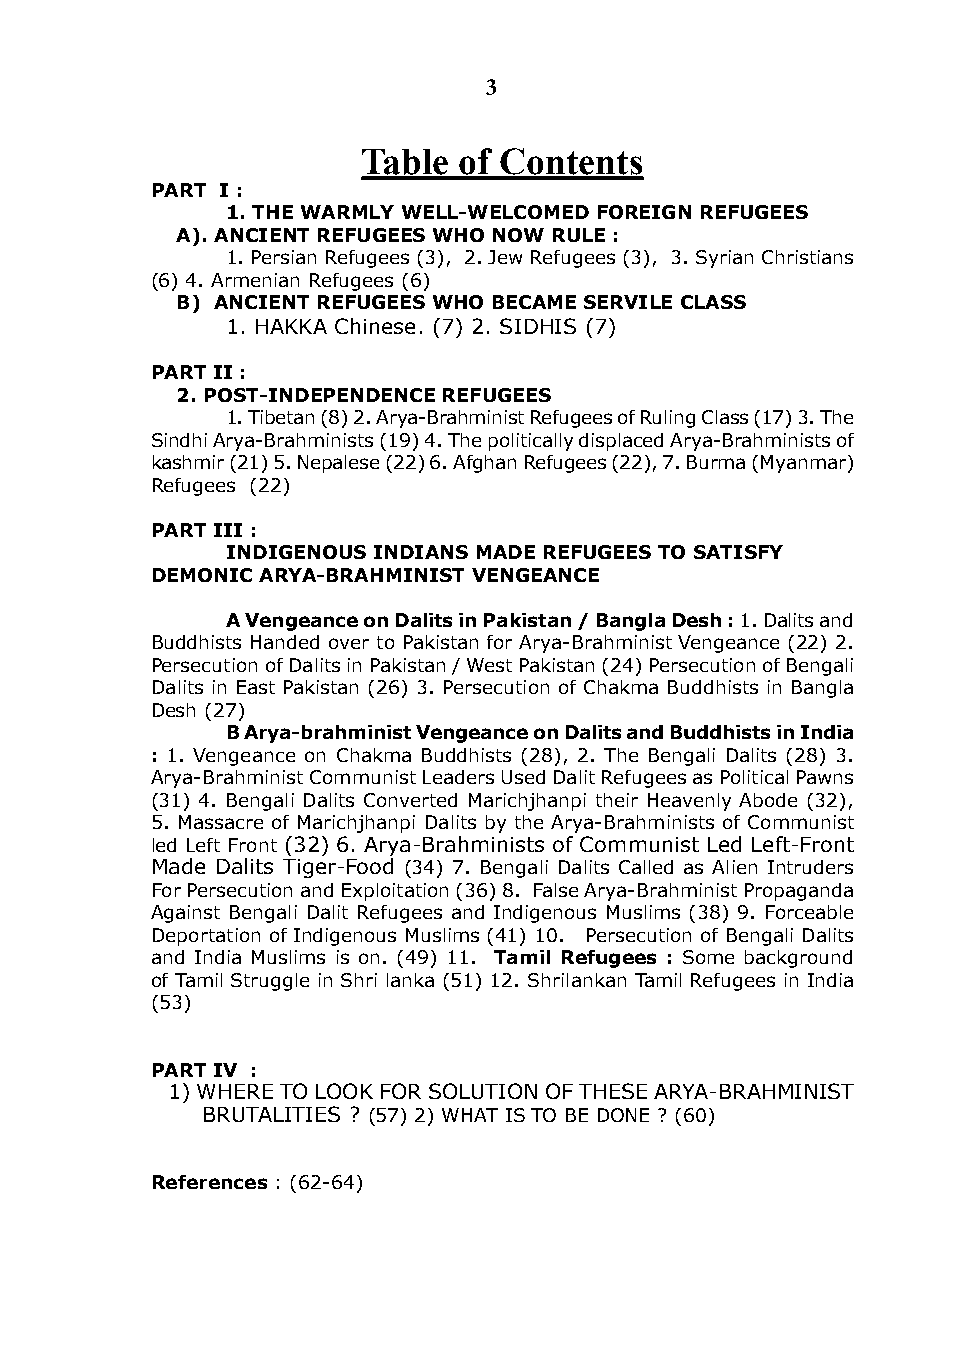
3
 Table of Contents
 PART I :
 1. THE wARmly wEll-wElcomEd FoREIgn REFugEEs
 A). AncIEnT REFugEEs wHo now RulE :
 1. Persian Refugees (3), 2. Jew Refugees (3), 3. Syrian Christians
 (6) 4. Armenian Refugees (6)
 B) AncIEnT REFugEEs wHo BEcAmE sERVIlE clAss
 1. HAkkA Chinese. (7) 2. SidHiS (7)
 PART II :
 2. PosT-IndEPEndEncE REFugEEs
 1. Tibetan (8) 2. Arya-Brahminist Refugees of Ruling Class (17) 3. The
 Sindhi Arya-Brahminists (19) 4. The politically displaced Arya-Brahminists of
 kashmir (21) 5. Nepalese (22) 6. Afghan Refugees (22), 7. Burma (Myanmar)
 Refugees (22)
 PART III :
 IndIgEnous IndIAns mAdE REFugEEs To sATIsFy
 dEmonIc ARyA-BRAHmInIsT VEngEAncE
 A Vengeance on dalits in Pakistan / Bangla desh : 1. dalits and
 Buddhists Handed over to Pakistan for Arya-Brahminist Vengeance (22) 2.
 Persecution of dalits in Pakistan / West Pakistan (24) Persecution of Bengali
 dalits in East Pakistan (26) 3. Persecution of Chakma Buddhists in Bangla
 desh (27)
 B Arya-brahminist Vengeance on dalits and Buddhists in India
 : 1. Vengeance on Chakma Buddhists (28), 2. The Bengali dalits (28) 3.
 Arya-Brahminist Communist Leaders Used dalit Refugees as Political Pawns
 (31) 4. Bengali dalits Converted Marichjhanpi their Heavenly Abode (32),
 5. Massacre of Marichjhanpi dalits by the Arya-Brahminists of Communist
 led Left Front (32) 6. Arya-Brahminists of Communist Led Left-Front
 Made dalits Tiger-Food (34) 7. Bengali dalits Called as Alien intruders
 For Persecution and Exploitation (36) 8. False Arya-Brahminist Propaganda
 Against Bengali dalit Refugees and indigenous Muslims (38) 9. Forceable
 deportation of indigenous Muslims (41) 10. Persecution of Bengali dalits
 and india Muslims is on. (49) 11. Tamil Refugees : Some background
 of Tamil Struggle in Shri lanka (51) 12. Shrilankan Tamil Refugees in india
 (53)
 PART IV :
 1) WHERE TO LOOk FOR SOLUTiON OF THESE ARYA-BRAHMiNiST
 BRUTALiTiES ? (57) 2) WHAT iS TO BE dONE ? (60)
 References : (62-64)